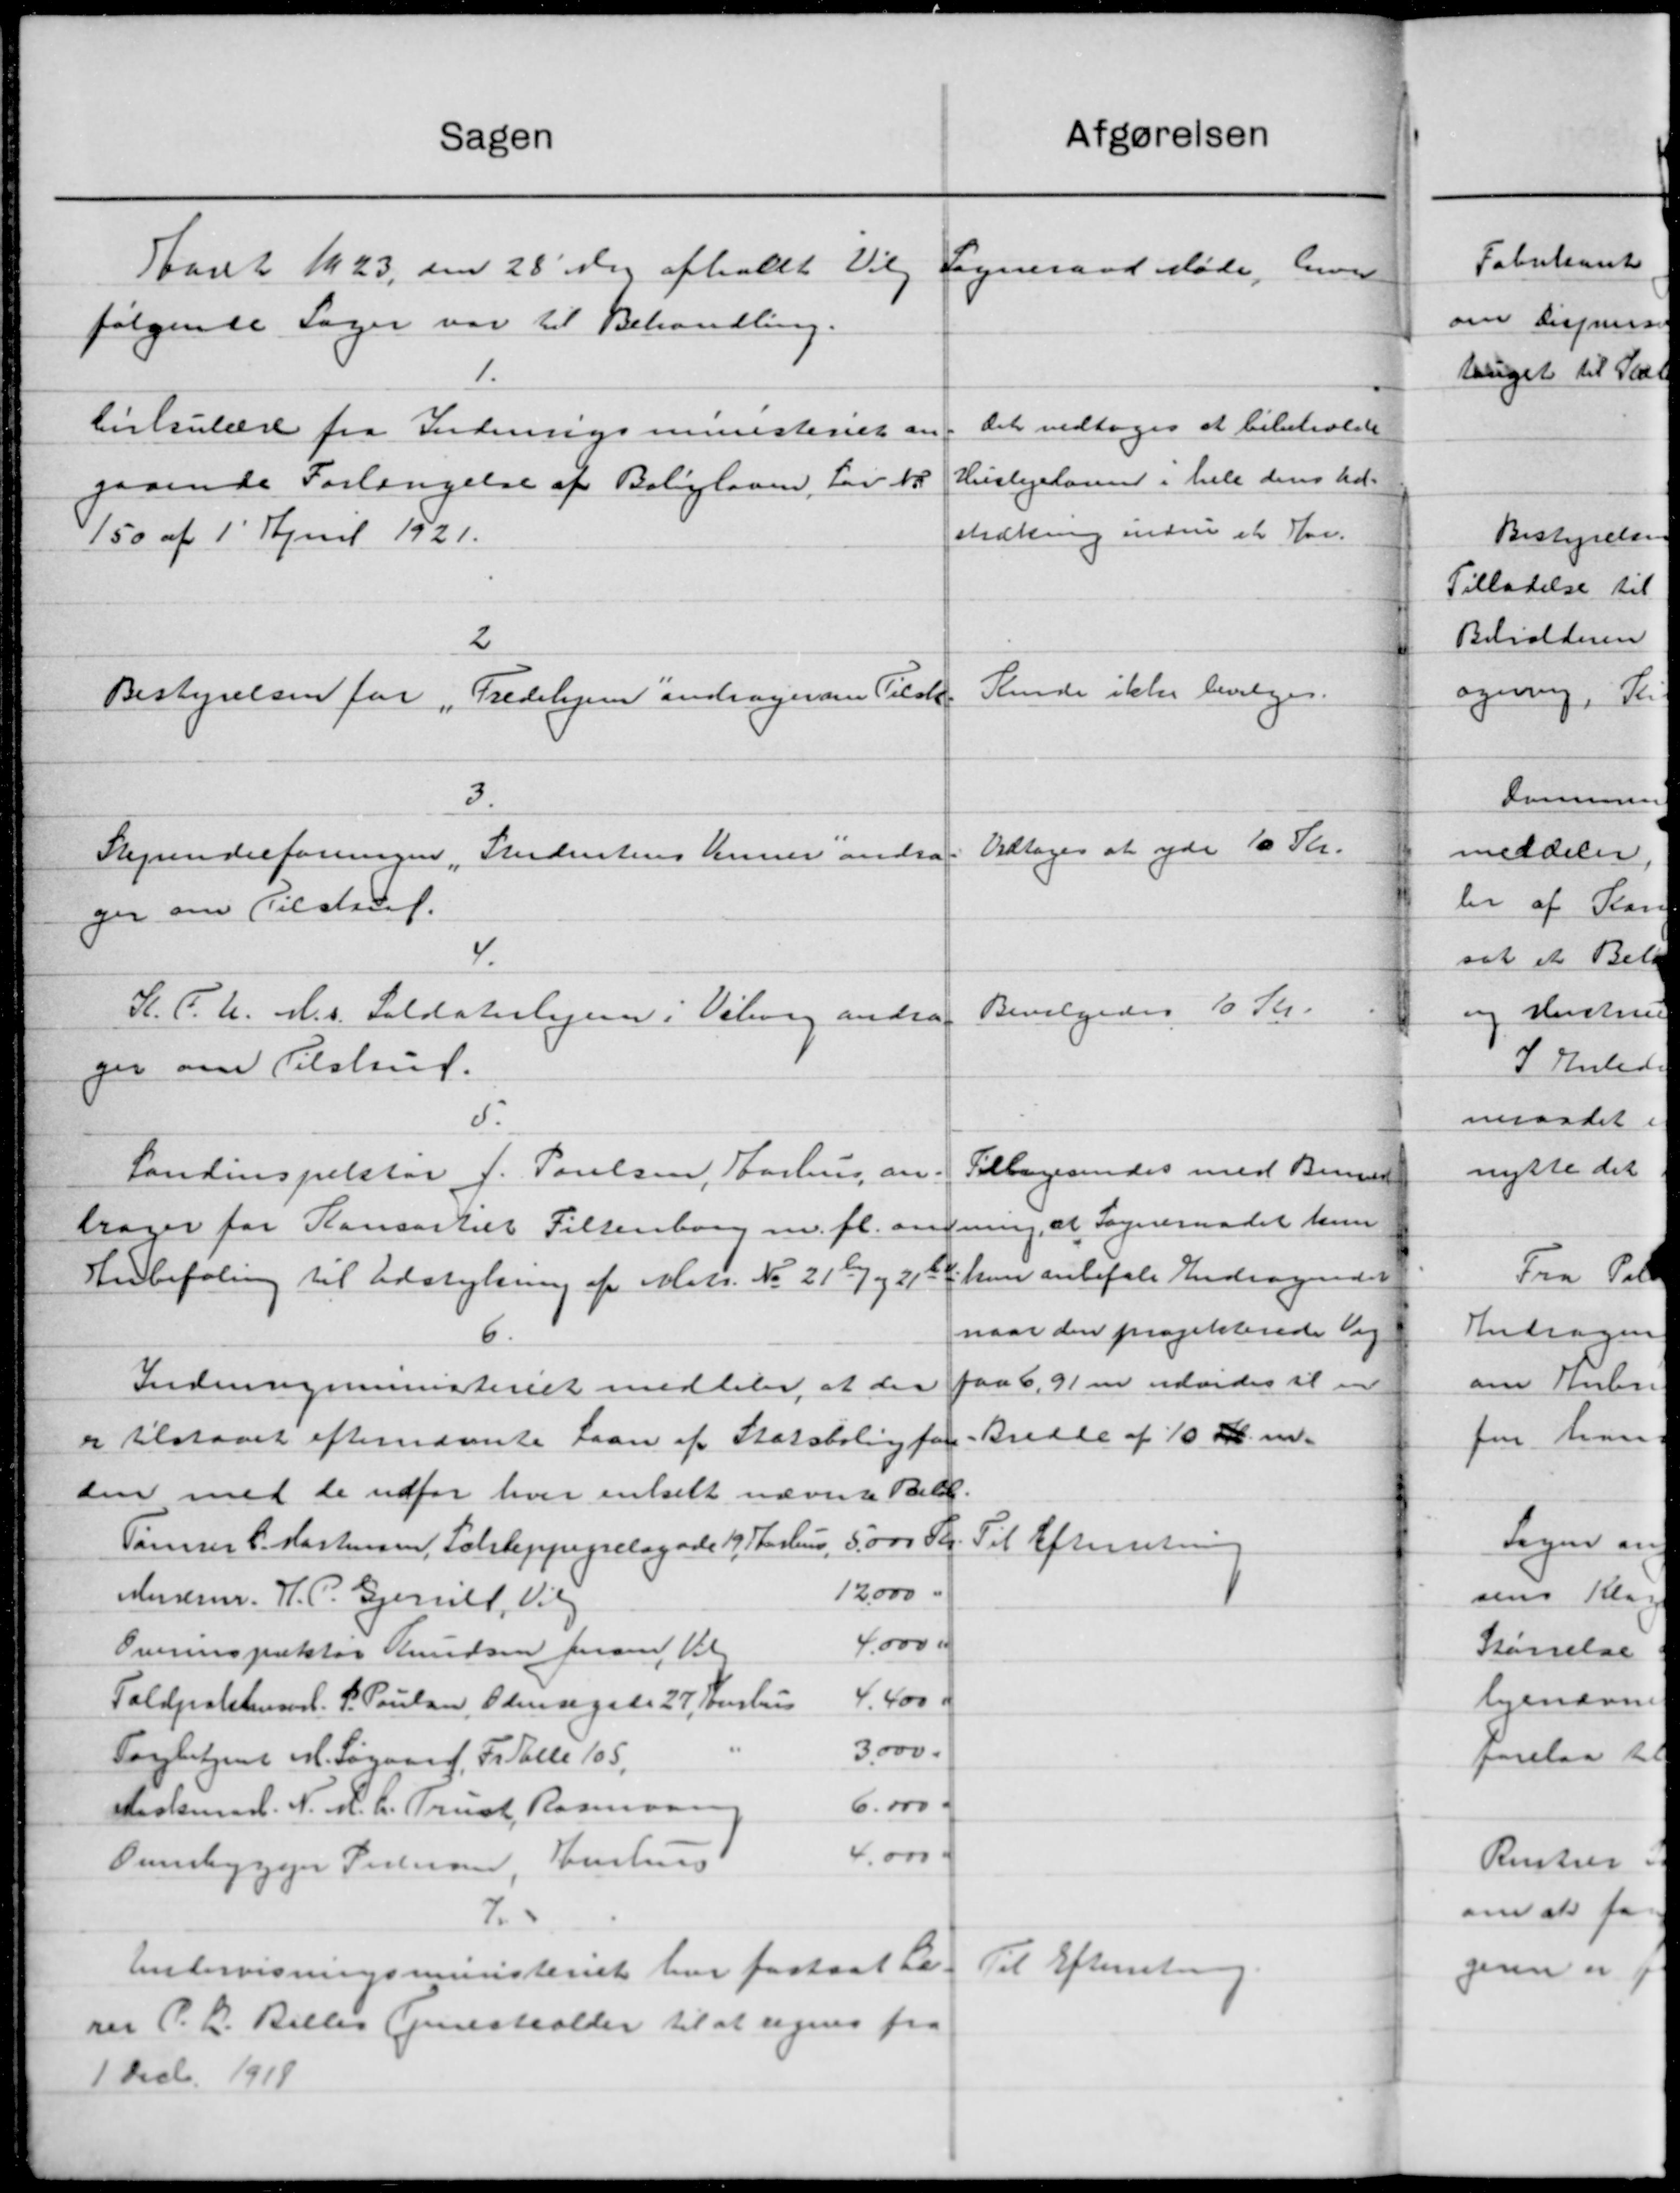
Transskription:
Afgørelsen
Sagen
Aaret 1923, den 28' ds. afholdt Valg
Sogneraad Møde, hver
følgende Sager var til Behandling.
1.
Det vedtoges at bibeholde
Cirkulære fra Indenrigsministeriet en
Huslejelønen i hele dens Ud-
gaaende Forlængelse af Boligloven, Lov No
strækning inde et Nov.
150 af 1' April 1921.
2
Kende ikke bevilges.
Bestyrelsen for
Fredeligere andragenden Tilste
3.
Vedtoges at yde 10 Kr.
Sejrendelforeningen „Skidentens Anner andra
ger om Tilskud.
4.
Bevilgedes 10 Kr.
K. C. U. M.s Soldaterhjem i Viborg andrag
ger om Tilstrud.
5.
Tillægesendes med Berne
Landinspektør J. Poulsen, Aarhus an-
fning, at Sogneraadet hun
drager for Konsortil Filtenborg m. fl. om
Indbefaling til Udstykning af Matr. No. 216 og 21 det han anbefale Andragende
naar den projekterede de
6.
paa 6,91 er udvider il i
Indenrigsministeriet meddeler at der
Bredde af 10 Kr. m.
er tilstaaet efternævnte Laan af Statsbaling for
den med de udfor hver enkelt nævnte Beløb.
Til Efterretning
Tømrer C. Mortensen, Schleppegrelagade 19 Aarhus, 5.000 Kr.
12.000 "
Anderm. H. P. Gjeriet, Vil
4.000 af
Overinspektør Knudsen Jensen, Vil
4.400 K
Taldpolitiaarl. P. Poulsen, Odensegade 27, Sushus
3.000.
Torbetjent M. Søgaard, Fr Talle 105,
6.000 -
Staalsmd. N. H. C. Trust Rasmussen
4.
Overbygger Pedersen, Aarhus
7.
Undervisningsministeriet har fastsat Læs Til Efterretning
rer P. L. Billes Tjenestealder til at regnes fra
1 Decb. 1918